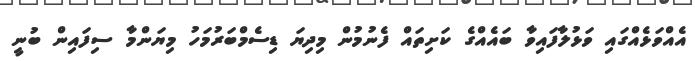
އެއްވަޅެއްގައި ވަޅުލާފައިވާ ބައެއްގެ ކަަށިތައް ފެނުމުން މިދިޔަ ޑިސެމްބަރުމަހު މިޔަންމާ ސިފައިން ބުނީ